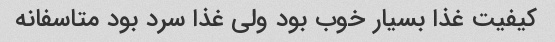
کیفیت غذا بسیار خوب بود ولی غذا سرد بود متاسفانه